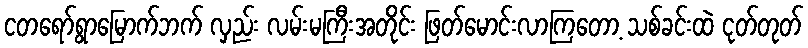
ငတရော်ရွာမြောက်ဘက် လှည်း လမ်းမကြီးအတိုင်း ဖြတ်မောင်းလာကြတော့ သစ်ခင်းထဲ ငုတ်တုတ်